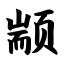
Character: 颛